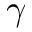
\gamma